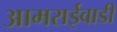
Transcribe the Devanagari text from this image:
आमराईवाडी